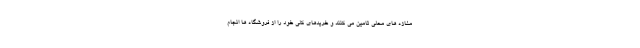
مغازه های محلی تامین می کنند و خریدهای کلی خود را از فروشگاه ها انجام